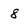
Character: 8